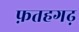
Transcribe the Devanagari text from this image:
फ़तहगढ़